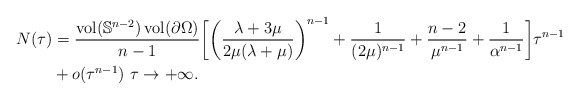
\begin{align*} N(\tau) &= \frac{\operatorname{vol}(\mathbb{S}^{n-2})\operatorname{vol}(\partial \Omega)}{n-1} \biggl[ \biggl( \frac{\lambda + 3\mu}{2\mu (\lambda + \mu)} \biggr)^{n-1} + \frac{1}{(2\mu)^{n-1}} + \frac{n-2}{\mu^{n-1}} + \frac{1}{\alpha^{n-1}} \biggr] \tau^{n-1} \\ &+ o(\tau^{n-1}) \ \tau \to +\infty. \end{align*}